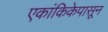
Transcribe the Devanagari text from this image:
एकांकिकेपासून